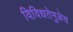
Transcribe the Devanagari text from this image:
विविधतेमुळेच